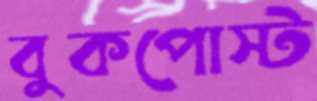
বুকপোস্ট